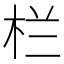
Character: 栏